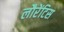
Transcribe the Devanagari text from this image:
लौरेंटिस